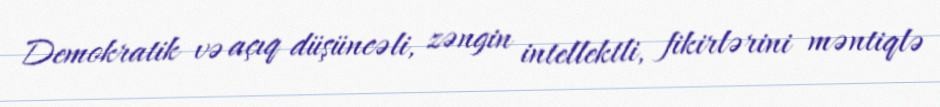
Demokratik və açıq düşüncəli, zəngin intellektli, fikirlərini məntiqlə